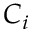
C _ { i }